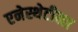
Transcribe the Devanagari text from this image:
एनेस्थेटीक्स